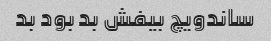
ساندویچ بیفش بد بود بد